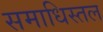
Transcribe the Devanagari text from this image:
समाधिस्तल